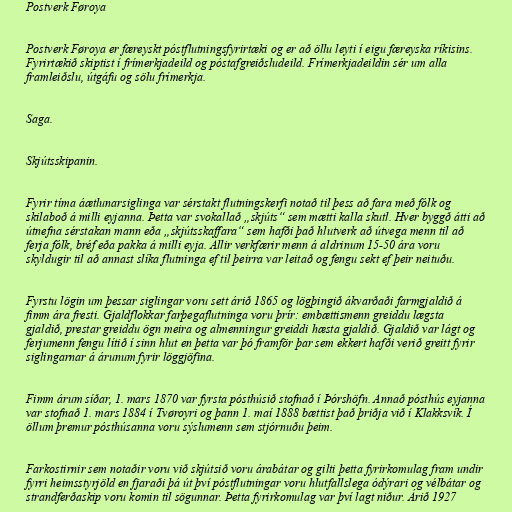
Postverk Føroya

Postverk Føroya er færeyskt póstflutningsfyrirtæki og er að öllu leyti í eigu færeyska ríkisins.
Fyrirtækið skiptist í frímerkjadeild og póstafgreiðsludeild. Frímerkjadeildin sér um alla
framleiðslu, útgáfu og sölu frímerkja.

Saga.

Skjútsskipanin.

Fyrir tíma áætlunarsiglinga var sérstakt flutningskerfi notað til þess að fara með fólk og
skilaboð á milli eyjanna. Þetta var svokallað „skjúts“ sem mætti kalla skutl. Hver byggð átti að
útnefna sérstakan mann eða „skjútsskaffara“ sem hafði það hlutverk að útvega menn til að
ferja fólk, bréf eða pakka á milli eyja. Allir verkfærir menn á aldrinum 15-50 ára voru
skyldugir til að annast slíka flutninga ef til þeirra var leitað og fengu sekt ef þeir neituðu.

Fyrstu lögin um þessar siglingar voru sett árið 1865 og lögþingið ákvarðaði farmgjaldið á
fimm ára fresti. Gjaldflokkar farþegaflutninga voru þrír: embættismenn greiddu lægsta
gjaldið, prestar greiddu ögn meira og almenningur greiddi hæsta gjaldið. Gjaldið var lágt og
ferjumenn fengu lítið í sinn hlut en þetta var þó framför þar sem ekkert hafði verið greitt fyrir
siglingarnar á árunum fyrir löggjöfina.

Fimm árum síðar, 1. mars 1870 var fyrsta pósthúsið stofnað í Þórshöfn. Annað pósthús eyjanna
var stofnað 1. mars 1884 í Tvøroyri og þann 1. maí 1888 bættist það þriðja við í Klakksvík. Í
öllum þremur pósthúsanna voru sýslumenn sem stjórnuðu þeim.

Farkostirnir sem notaðir voru við skjútsið voru árabátar og gilti þetta fyrirkomulag fram undir
fyrri heimsstyrjöld en fjaraði þá út því póstflutningar voru hlutfallslega ódýrari og vélbátar og
strandferðaskip voru komin til sögunnar. Þetta fyrirkomulag var því lagt niður. Árið 1927